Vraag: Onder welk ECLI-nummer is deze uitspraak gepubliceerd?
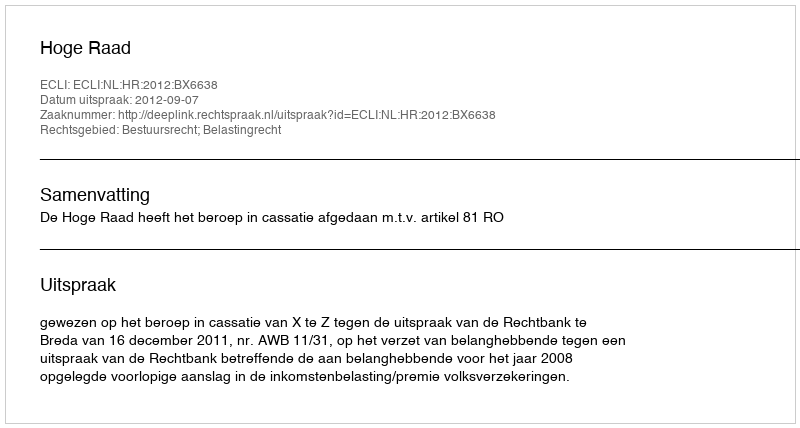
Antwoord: ECLI:NL:HR:2012:BX6638